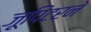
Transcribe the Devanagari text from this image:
जूपिटरने